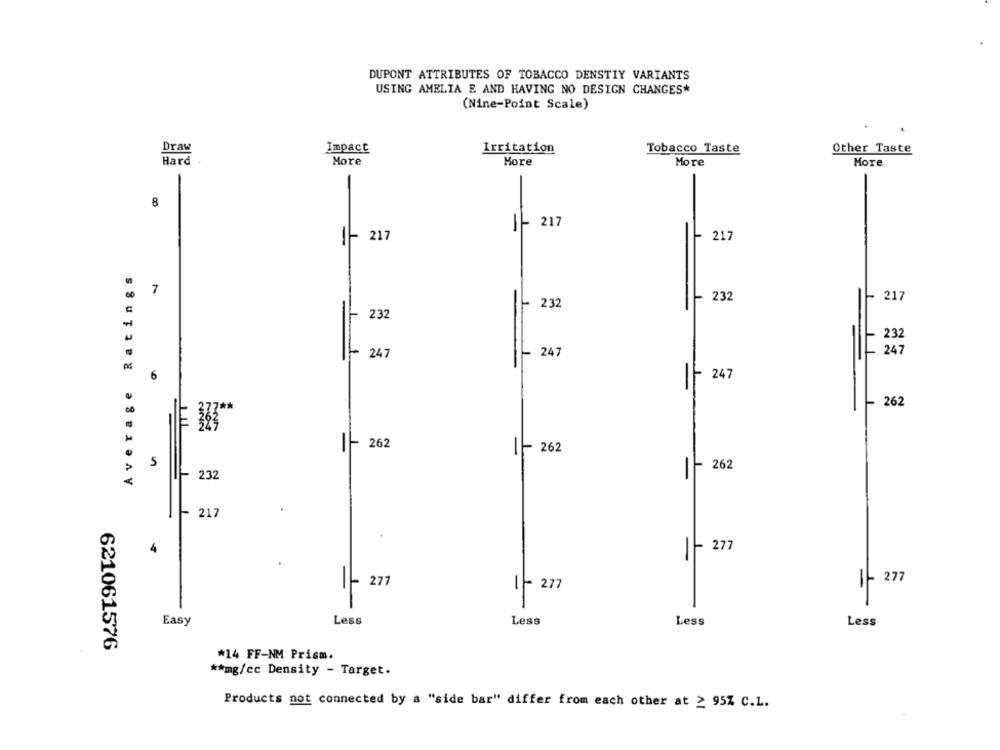
DUPONT ATTRIBUTES OF TOBACCO DENSTIY VARIANTS
USING AMELIA E AND HAVING NO DESIGN CHANGES*
(Nine-Point Scale)
Draw
Impact
Irritation
Tobacco Taste
Other Taste
Hard
More
More
More
More
-
8
1- 217
1- 217
217
Ratings
7
232
217
232
232
232
247
247
247
6
Average
1- 247
262
-
262
1- 262
5
262
IF
232
217
1- 277
4
1- 27
1 - 277
1- 277
Easy
Less
Less
Less
Less
621061576
*14 FF-NM Prism.
** mg/cc Density - Target.
Products not connected by a "side bar" differ from each other at ≥ 95Z C.L.